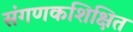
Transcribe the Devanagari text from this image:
संगणकशिक्षित